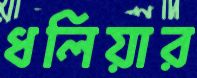
ধলিয়ার